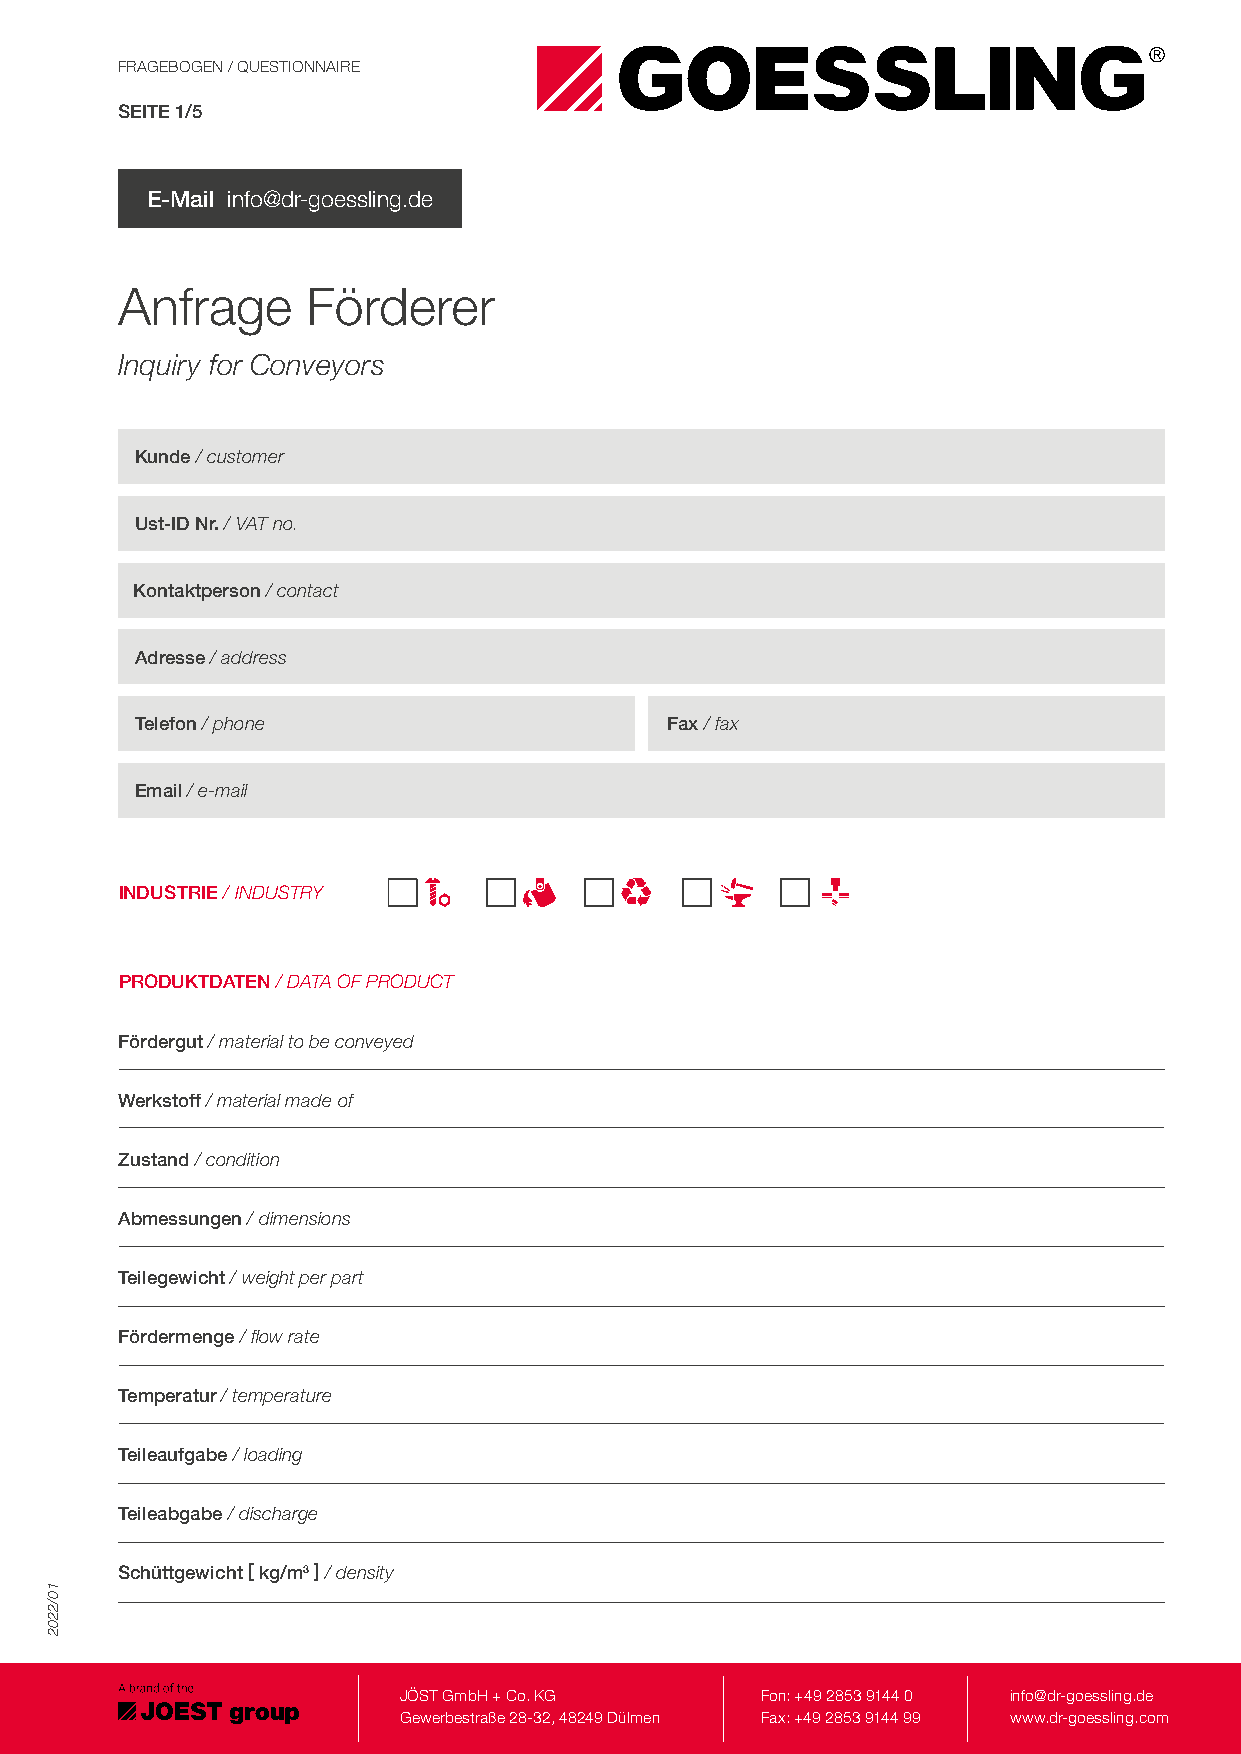
FRAGEBOGEN / QUESTIONNAIRE
 SEITE 1/5
 E-Mail info@dr-goessling.de
 Anfrage     Förderer
 Inquiry for Conveyors
 Kunde / customer
 Ust-ID Nr. / VAT no.
 Kontaktperson / contact
 Adresse / address
 Telefon / phone                    Fax / fax
 Email / e-mail
 INDUSTRIE / INDUSTRY
 PRODUKTDATEN / DATA OF PRODUCT
 Fördergut / material to be conveyed
 Werkstoff / material made of
 Zustand / condition
 Abmessungen / dimensions
 Teilegewicht / weight per part
 Fördermenge / flow rate
 Temperatur / temperature
 Teileaufgabe / loading
 Teileabgabe / discharge
 Schüttgewicht [ kg/m3 ] / density
 JÖST GmbH + Co. KG      Fon: +49 2853 9144 0 info@dr-goessling.de
 Gewerbestraße 28-32, 48249 Dülmen Fax: +49 2853 9144 99 www.dr-goessling.com
 10/2202